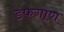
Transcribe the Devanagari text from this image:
डफगाण